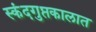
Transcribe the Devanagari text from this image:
स्कंदगुप्तकालात